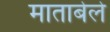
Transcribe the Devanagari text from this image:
माताबेले